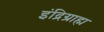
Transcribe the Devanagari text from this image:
इंद्रिग्राह्म